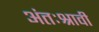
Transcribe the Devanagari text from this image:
अंतःश्रावी